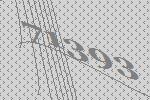
71393